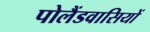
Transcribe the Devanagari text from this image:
पोलैंडवासियों